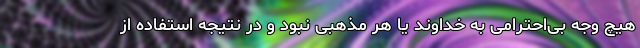
هیچ وجه بی‌احترامی به خداوند یا هر مذهبی نبود و در نتیجه استفاده از